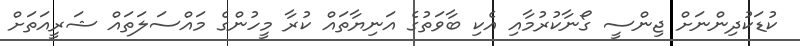
ކުޑަކުދިންނަށް ޖިންސީ ގޯނާކުރުމާއި އެކި ބާވަތުގެ އަނިޔާތައް ކުރާ މީހުންގެ މައްސަލަތައް ޝަރީއަތަށް